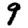
Digit: 9